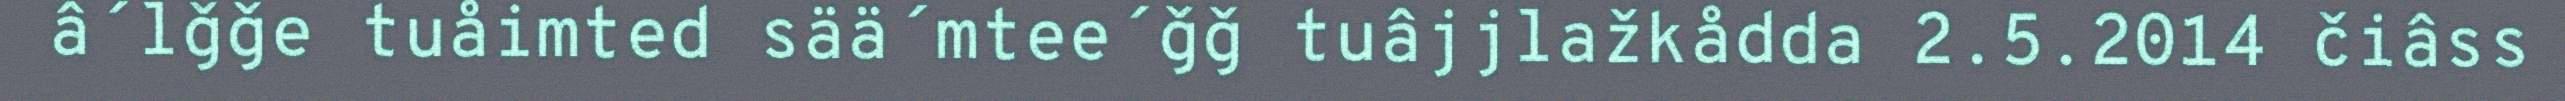
â´lǧǧe tuåimted sää´mtee´ǧǧ tuâjjlažkådda 2.5.2014 čiâss